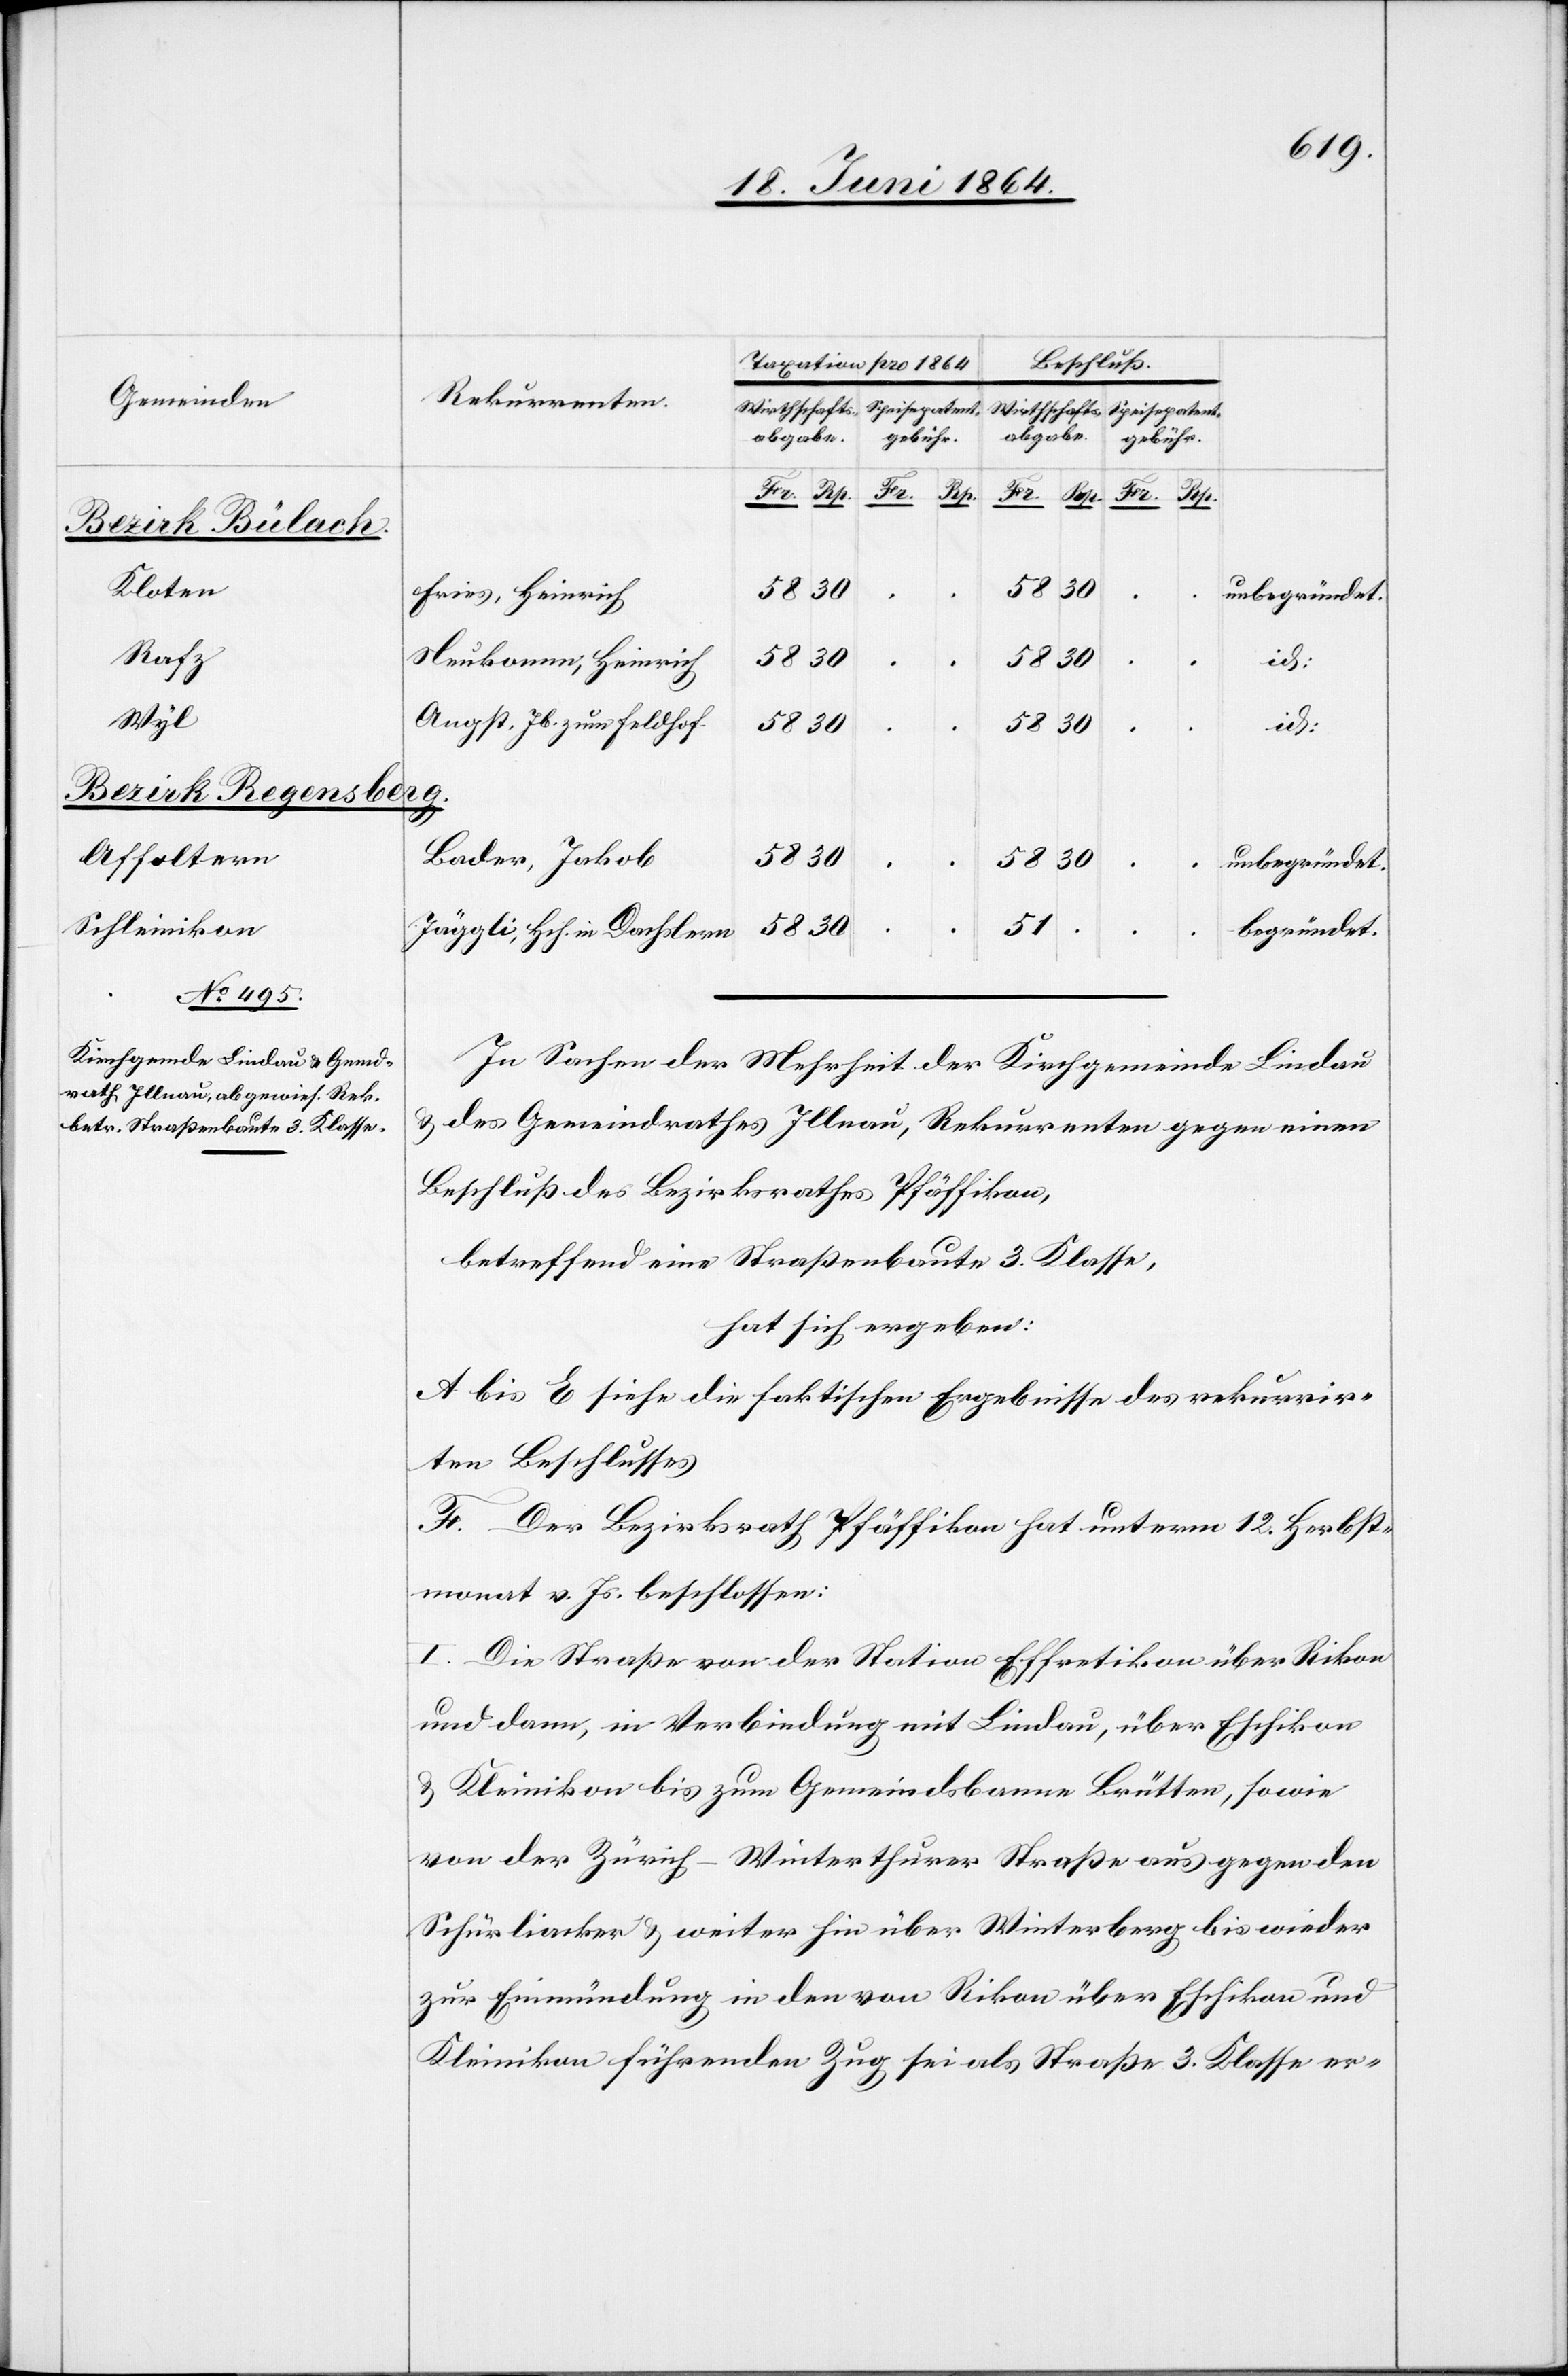
id:
Bezirk Bülach.
Kloten
Fries, Heinrich
Rafz
Neukomm, Heinrich
.
.
Wyl
Angst, Jb. zum Feldhof.
30
Bezirk Regensberg.
Bader, Jakob
Affoltern
.
unbegründet.
Schleinikon
51
begründet.
Jäggli, Hch. in Dachslern
In Sachen der Mehrheit der Kirchgemeinde Lindau
u. des Gemeindrathes Illnau, Rekurrenten gegen einen
Beschluß des Bezirksrathes Pfäffikon,
betreffend eine Straßenbaute 3. Klasse,
hat sich ergeben:
A. bis E siehe die faktischen Ergebnisse des rekurrir¬
ten Beschlusses[.]
F. Der Bezirksrath Pfäffikon hat unterm 12. Herbst¬
monat v. Js. beschlossen:
I. Die Straße von der Station Effretikon über Rikon
und dann, in Verbindung mit Lindau, über Eschikon
u. Kleinikon bis zum Gemeindsbanne Brütten, sowie
von der Zürich–Winterthurer Straße aus gegen den
Schürliacker u. weiter hin über Winterberg bis wieder
zur Einmündung in den von Rikon über Eschikon und
Kleinikon führenden Zug sei als Straße 3. Klasse er-